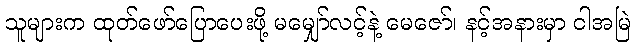
သူများက ထုတ်ဖော်ပြောပေးဖို့ မမျှော်လင့်နဲ့ မေဇော်၊ နင့်အနားမှာ ငါအမြဲ